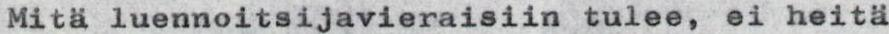
Mitä luennoitsijavieraisiin tulee, ei heitä